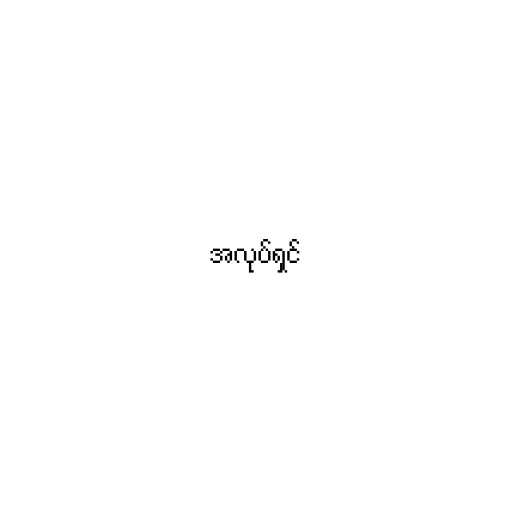
အလုပ်ရှင်